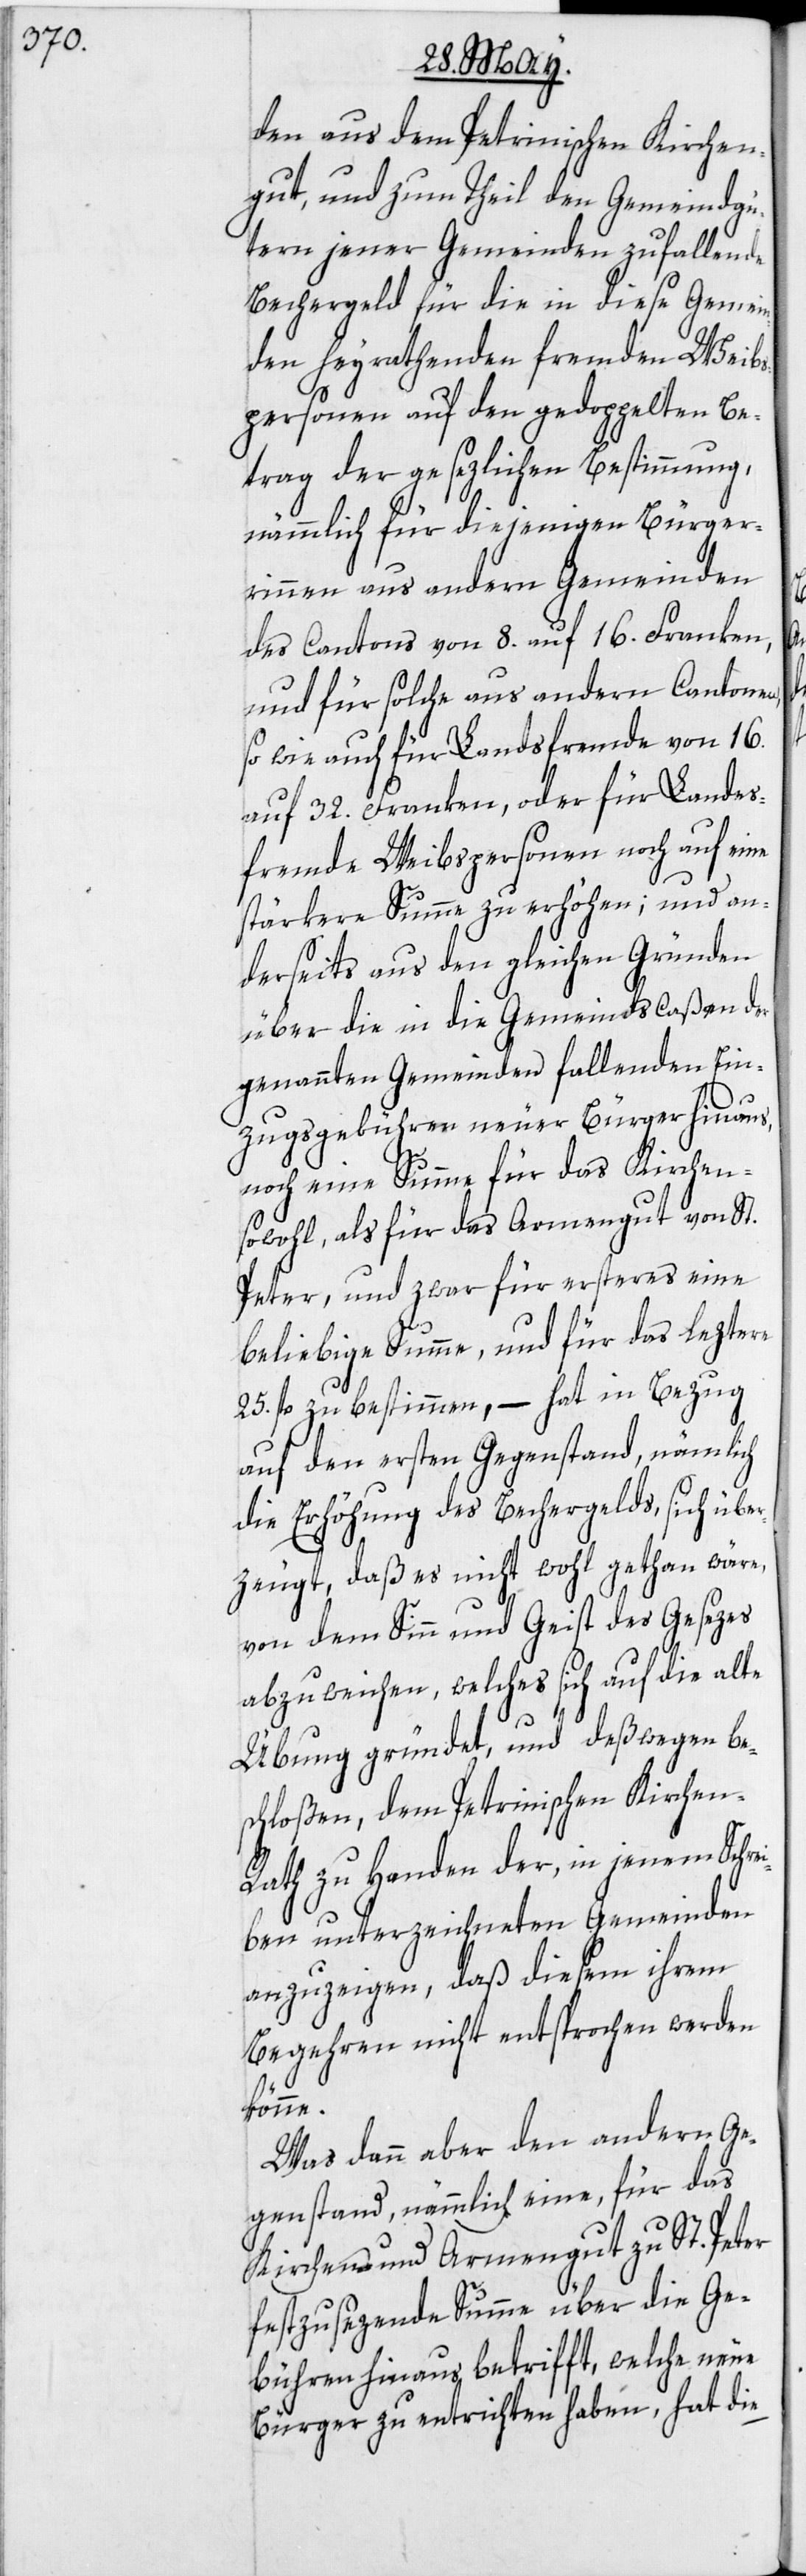
den aus dem Petrinischen Kirchen¬
gut, und zum Theil den Gemeindgü¬
tern jener Gemeinden zufallende
Bechergeld für die in diese Gemein¬
den heyrathenden fremden Weibs¬
personen auf den gedoppelten Be¬
trag der gesezlichen Bestimmung,
nämmlich für diejenigen Bürger¬
[sic!] aus andern Gemeinden
des Cantons von 8. auf 16. Franken,
und für solche aus andern Cantonen,
so wie auch für Landsfremde von 16.
auf 32. Franken, oder für Landes¬
fremde Weibspersonen noch auf eine
stärkere Summe zu erhöhen; und an¬
derseits aus den gleichen Gründen
über die in die Gemeindscaßen der
genannten Gemeinden fallenden Ein¬
zugsgebühren neuer Bürger hinaus,
noch eine Summe für das Kirchen-
sowohl, als für das Armengut von St.
Peter, und zwar für ersteres eine
beliebige Summe, und für das leztere
25. fl. zu bestimmen, – hat in Bezug
auf den ersten Gegenstand, nämlich
die Erhöhung des Bechergelds, sich über¬
zeugt, daß es nicht wohl gethan wäre,
von dem Sinn und Geist des Gesezes
abzuweichen, welches sich auf die alte
Übung gründet, und deßwegen be¬
schloßen, dem Petrinischen Kirchen-R¬
ath zu Handen der, in jenem Schrei¬
ben unterzeichneten Gemeinden
anzuzeigen, daß diesem ihrem
Begehren nicht entsprochen werden
könne.
Was dann aber den andern Ge¬
genstand, nämmlich eine, für das
Kirchen- und Armengut zu St. Peter
festzusezende Summe über die Ge¬
bühren hinaus betrifft, welche neue
Bürger zu entrichten haben, hat die